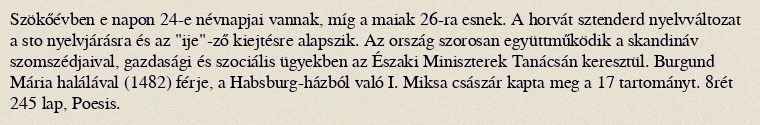
Szökőévben e napon 24-e névnapjai vannak, míg a maiak 26-ra esnek. A horvát sztenderd nyelvváltozat a sto nyelvjárásra és az "ije"-ző kiejtésre alapszik. Az ország szorosan együttműködik a skandináv szomszédjaival, gazdasági és szociális ügyekben az Északi Miniszterek Tanácsán keresztül. Burgund Mária halálával (1482) férje, a Habsburg-házból való I. Miksa császár kapta meg a 17 tartományt. 8rét 245 lap, Poesis.